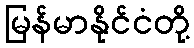
မြန်မာနိုင်ငံတို့